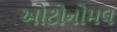
ઓટોનોમલ